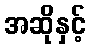
အဆိုနှင့်